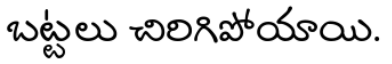
బట్టలు చిరిగిపోయాయి.